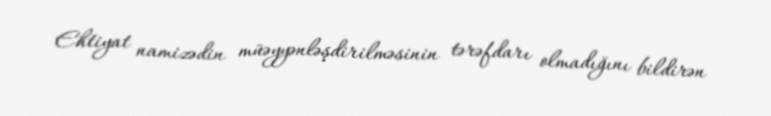
Ehtiyat namizədin müəyyənləşdirilməsinin tərəfdarı olmadığını bildirən